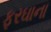
ફરઘાના